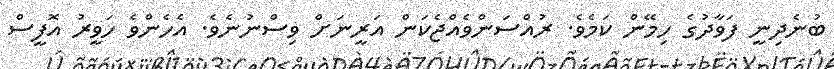
ބުނެދިނީ ފަވާދުގެ ހިމޭން ކަމެވެ. ރުއްސަންވެއްޖެކަން އަރީނަށް ވިސްނުނެވެ. އެހެންވެ ހަވީރު އޮފީސް